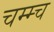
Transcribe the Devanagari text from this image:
चम्म्च